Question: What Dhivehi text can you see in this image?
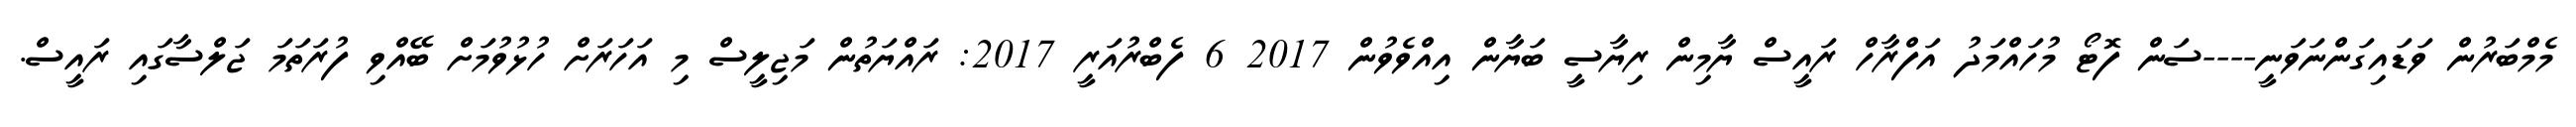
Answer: މެމްބަރުން ވަޑައިގަންނަވަނީ----ސަން ފޮޓޯ މުހައްމަދު އަފްރާހް ރައީސް ޔާމިން ރިޔާސީ ބަޔާން އިއްވެވުން 2017 6 ފެބްރުއަރީ 2017: ރައްޔަތުން މަޖިލީސް މި އަހަރަށް ހުޅުވުމަށް ބޭއްވި ފުރަތަމަ ޖަލްސާގައި ރައީސް.